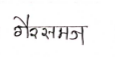
मजकूर: गैरसमज